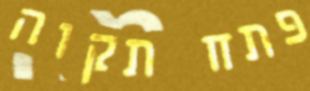
פתח תקוה